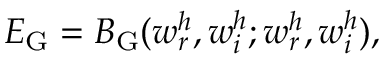
E _ { \mathrm { G } } = B _ { \mathrm { G } } ( w _ { r } ^ { h } , w _ { i } ^ { h } ; w _ { r } ^ { h } , w _ { i } ^ { h } ) ,